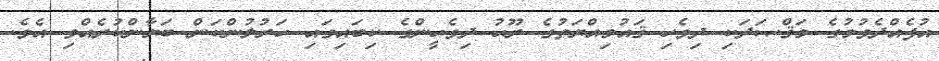
އުފެއްދެވުމުގެ މަޤްޞަދަކި ދިވެހި ޤައުމިއްޔަތުގެ ރޫޙު ދިވެހީންގެ ކިބައިގައި ހަރުލުންކަން ބަޔާންކުރެއްވި އެވެ.